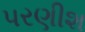
પરણીશ